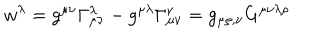
LaTeX: w ^ { \lambda } = g ^ { \mu \nu } \Gamma _ { \mu \nu } ^ { \lambda } - g ^ { \mu \lambda } \Gamma _ { \mu \nu } ^ { \nu } = g _ { \mu \rho , \nu } G ^ { \mu \nu \lambda \rho }